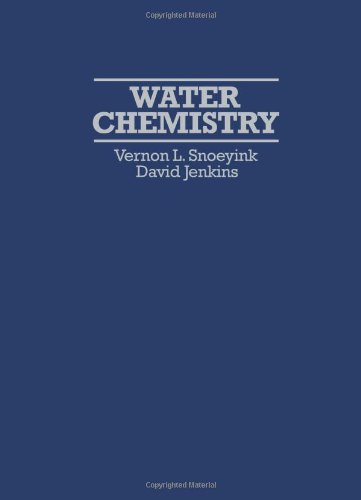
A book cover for Water Chemistry; Vernon L. Snoeyink; Science & Math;